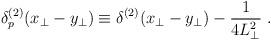
LaTeX: \begin{align*}\delta_p^{(2)}(x_\perp - y_\perp) \equiv \delta^{(2)}(x_\perp -y_\perp) - {1\over {4L_\perp^2}}\; .\end{align*}